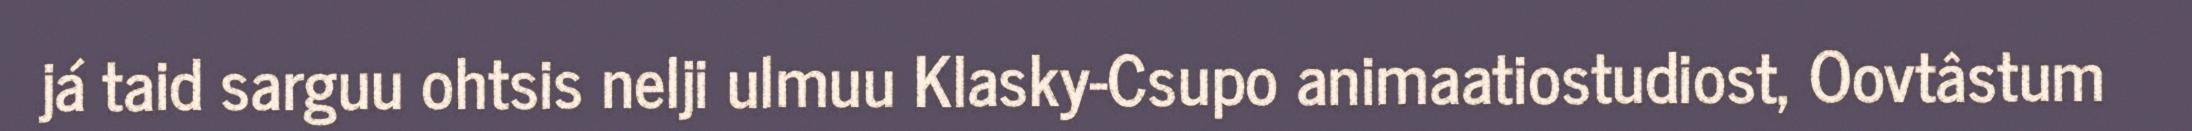
já taid sarguu ohtsis nelji ulmuu Klasky-Csupo animaatiostudiost, Oovtâstum